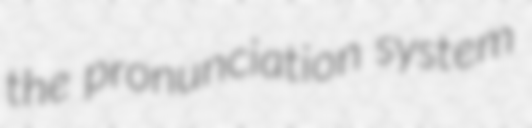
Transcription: the pronunciation system